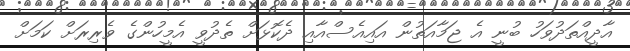
އާދީއްތަދުވަހު ބުނީ އެ ޖަމާއަތުން އައިއެސްއާއި ދެކޮޅަށް ތެދުވީ އެމީހުންގެ ވެރިރަށް ކަމަށް